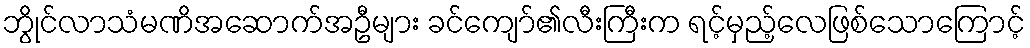
ဘွိုင်လာသံမဏိအဆောက်အဦများ ခင်ကျော်၏လီးကြီးက ရင့်မှည့်လေဖြစ်သောကြောင့်